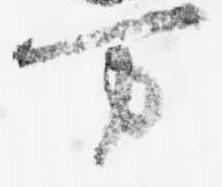
万